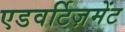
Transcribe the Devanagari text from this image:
एडवर्टिज़मेंट